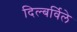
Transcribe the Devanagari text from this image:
दिल्बर्विले